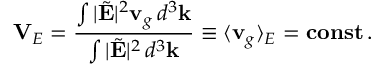
{ \bf V } _ { E } = \frac { \int | \tilde { \bf E } | ^ { 2 } { \bf v } _ { g } \, d ^ { 3 } { \bf k } } { \int | \tilde { \bf E } | ^ { 2 } \, d ^ { 3 } { \bf k } } \equiv \langle { \bf v } _ { g } \rangle _ { E } = { \bf c o n s t } \, .